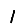
Digit: 1